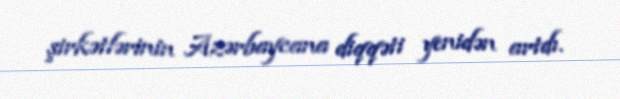
şirkətlərinin Azərbaycana diqqəti yenidən artdı.